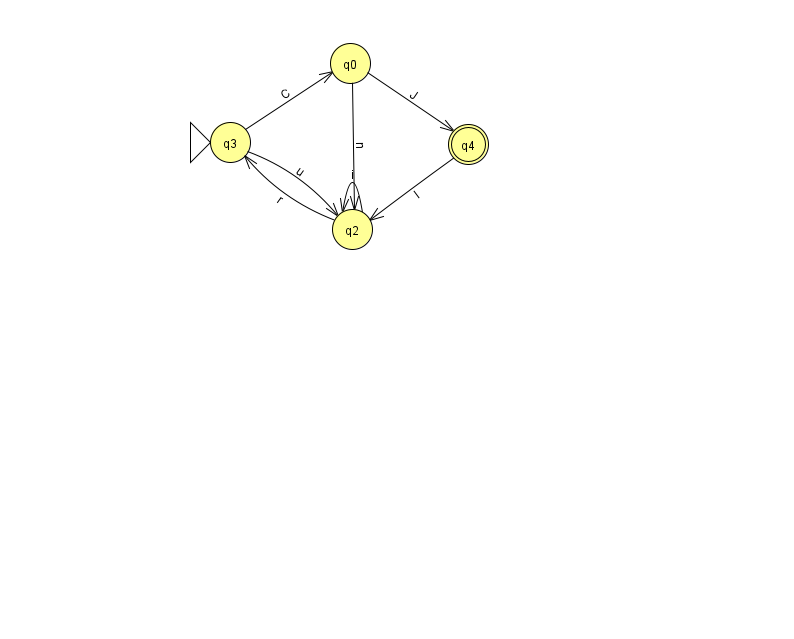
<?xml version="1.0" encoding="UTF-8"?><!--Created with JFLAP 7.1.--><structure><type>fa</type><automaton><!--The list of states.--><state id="0" name="q0"><x>350.0</x><y>50.0</y></state><state id="2" name="q2"><x>352.0</x><y>216.0</y></state><state id="3" name="q3"><x>230.0</x><y>129.0</y><initial/></state><state id="4" name="q4"><x>468.0</x><y>131.0</y><final/></state><!--The list of transitions.--><transition><from>0</from><to>4</to><read>J</read></transition><transition><from>3</from><to>0</to><read>C</read></transition><transition><from>0</from><to>2</to><read>n</read></transition><transition><from>4</from><to>2</to><read>I</read></transition><transition><from>2</from><to>2</to><read>i</read></transition><transition><from>2</from><to>3</to><read>r</read></transition><transition><from>3</from><to>2</to><read>u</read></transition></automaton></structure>